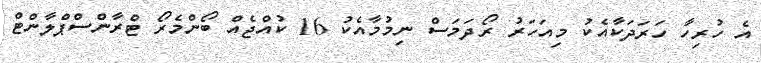
އެ ހުރިހާ ހަރަދަކާއެކު މިއަހަރު ރޯދަމަސް ނިމުމާއެކު 16 ކުއްޖެއް ބޯންމެރޯ ޓްރާންސްޕްލާންޓް